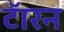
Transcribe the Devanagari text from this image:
टॅारन